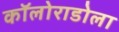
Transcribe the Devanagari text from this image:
कॉलोराडोला